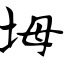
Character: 坶